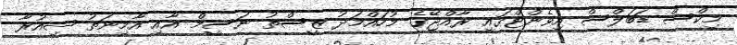
މިކްސް ޑަބަލްސް އިވެންޓްގައި ރާއްޖޭގެ މުހައްމަދު ޒީސްތު ނަސީމް އާއި އާމިނަތު ޝިއުރާ